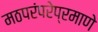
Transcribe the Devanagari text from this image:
मठपरंपरेप्रमाणे